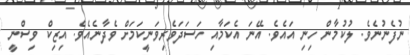
ނުފެނުނެވެ. ލުކުމާން ހިނި އައެވެ. އޭނަ އެކަމާއި ހަސަދަވެރިވަނީކަމަށް ވެދާނެއެވެ. އިޒިކް ވިސްނީ